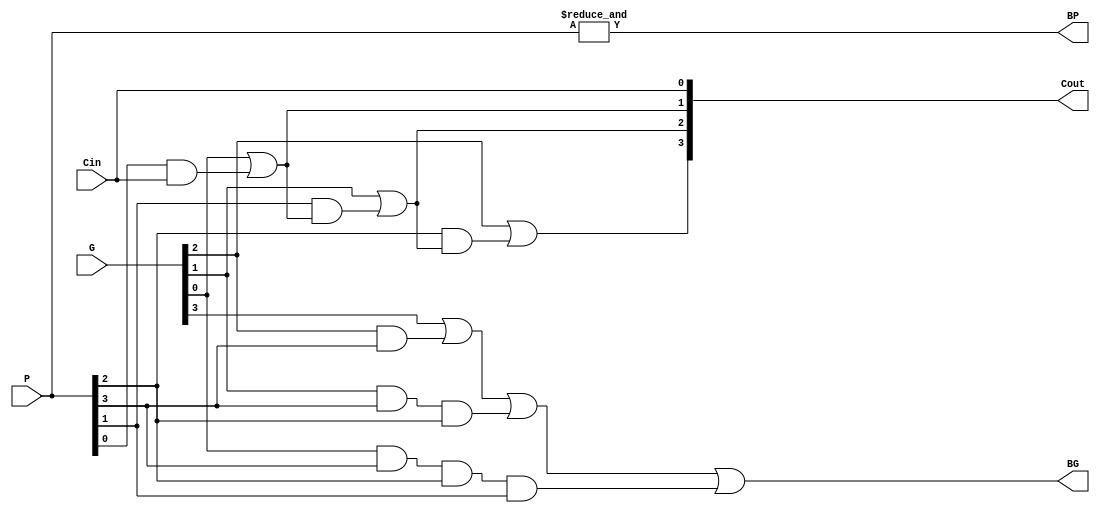
`timescale 1ns / 1ns

module cla4(input [3:0] G, P, 
            input Cin,
            output BG, BP, 
            output [3:0] Cout);
    assign Cout[0] = Cin;
    assign Cout[1] = G[0] | (P[0] & Cout[0]);
    assign Cout[2] = G[1] | (P[1] & Cout[1]);
    assign Cout[3] = G[2] | (P[2] & Cout[2]);
    assign BG = G[3] | 
               (G[2] & P[3]) | 
               (G[1] & P[3] & P[2]) | 
               (G[0] & P[3] & P[2] & P[1]);
    assign BP = &P;
endmodule